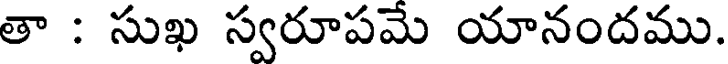
తా : సుఖ స్వరూపమే యానందము.